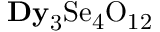
\mathrm { { \bf D y } _ { 3 } S e _ { 4 } O _ { 1 2 } }